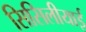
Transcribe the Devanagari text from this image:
सिसिलीयाई